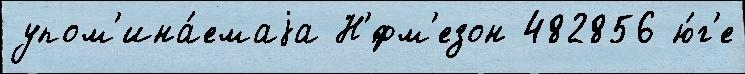
упом'ина́емаjа Н'́фм'езон 482856 ю́г'е